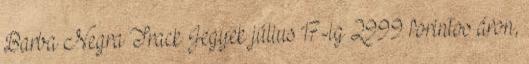
Barba Negra Track Jegyek július 17-ig 2999 forintos áron,